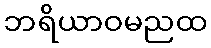
ဘရိယာဝမညထ